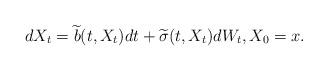
LaTeX: \begin{align*}dX_t = \widetilde b(t,X_t) dt + \widetilde \sigma(t,X_t)dW_t, X_0=x.\end{align*}